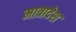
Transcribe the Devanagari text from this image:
मात्रादेश